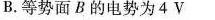
B.等势面B的电势为4V